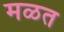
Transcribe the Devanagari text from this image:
मळत